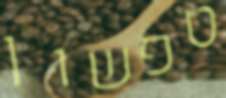
טפשון